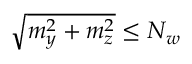
\sqrt { m _ { y } ^ { 2 } + m _ { z } ^ { 2 } } \leq N _ { w }